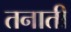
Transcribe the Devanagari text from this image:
तनाती